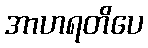
အာဟရတိပေ